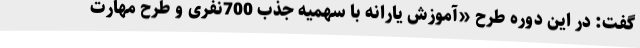
گفت: در این دوره طرح «آموزش یارانه با سهمیه جذب 700نفری و طرح مهارت